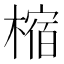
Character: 樎